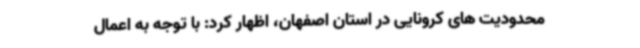
محدودیت های کرونایی در استان اصفهان، اظهار کرد: با توجه به اعمال